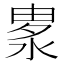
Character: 𣷛